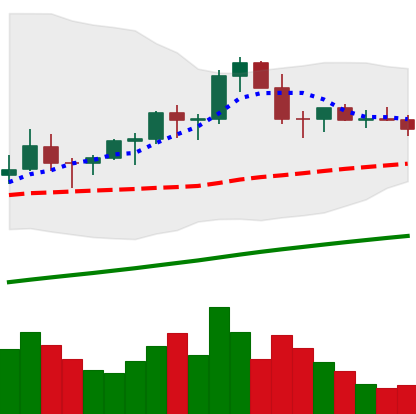
Ticker: LTC-USD
Chart end date: 2021-03-21
Forward return: -6.185%
Label: down_5_7